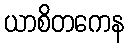
ယာစိတကေန